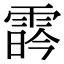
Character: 𩃛